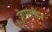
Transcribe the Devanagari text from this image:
ज़ेप्पलीन